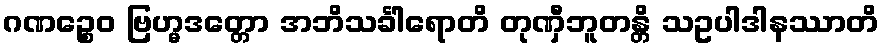
ဂဏဉ္စေဝ ဗြဟ္မဒတ္တော အဘိသင်္ခါရောတိ တုဏှီဘူတန္တိ သဥပါဒါနဿာတိ